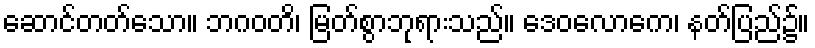
ဆောင်တတ်သော။ ဘဂဝတိ၊ မြတ်စွာဘုရားသည်။ ဒေဝလောကေ၊ နတ်ပြည်၌။